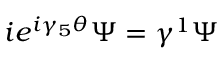
i e ^ { i \gamma _ { 5 } \theta } \Psi = \gamma ^ { 1 } \Psi